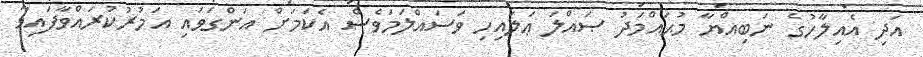
އަދި އެއިލާހުގެ ނަބިއްޔާ މުޙައްމަދު ޞައްލަ ޢަލައިހި ވަސައްލަމަވެސް އެކަމަށް އަންގަވައި އަމުރުކުރައްވާފައިވާ